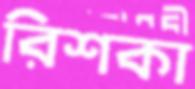
রিশকা